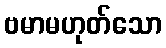
ဗမာမဟုတ်သော